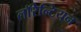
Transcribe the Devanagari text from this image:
लाॅरेन्टियन